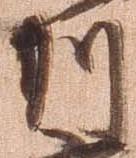
判